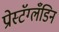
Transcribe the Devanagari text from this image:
प्रोस्टॅग्लँडिन